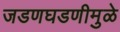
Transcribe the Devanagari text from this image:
जडणघडणीमुळे